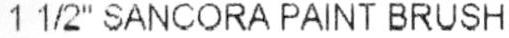
1 1/2" SANCORA PAINT BRUSH